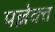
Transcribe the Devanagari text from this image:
पल्लेवत्त